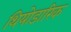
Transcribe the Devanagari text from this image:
थियोडारिक